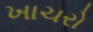
ખાચરો